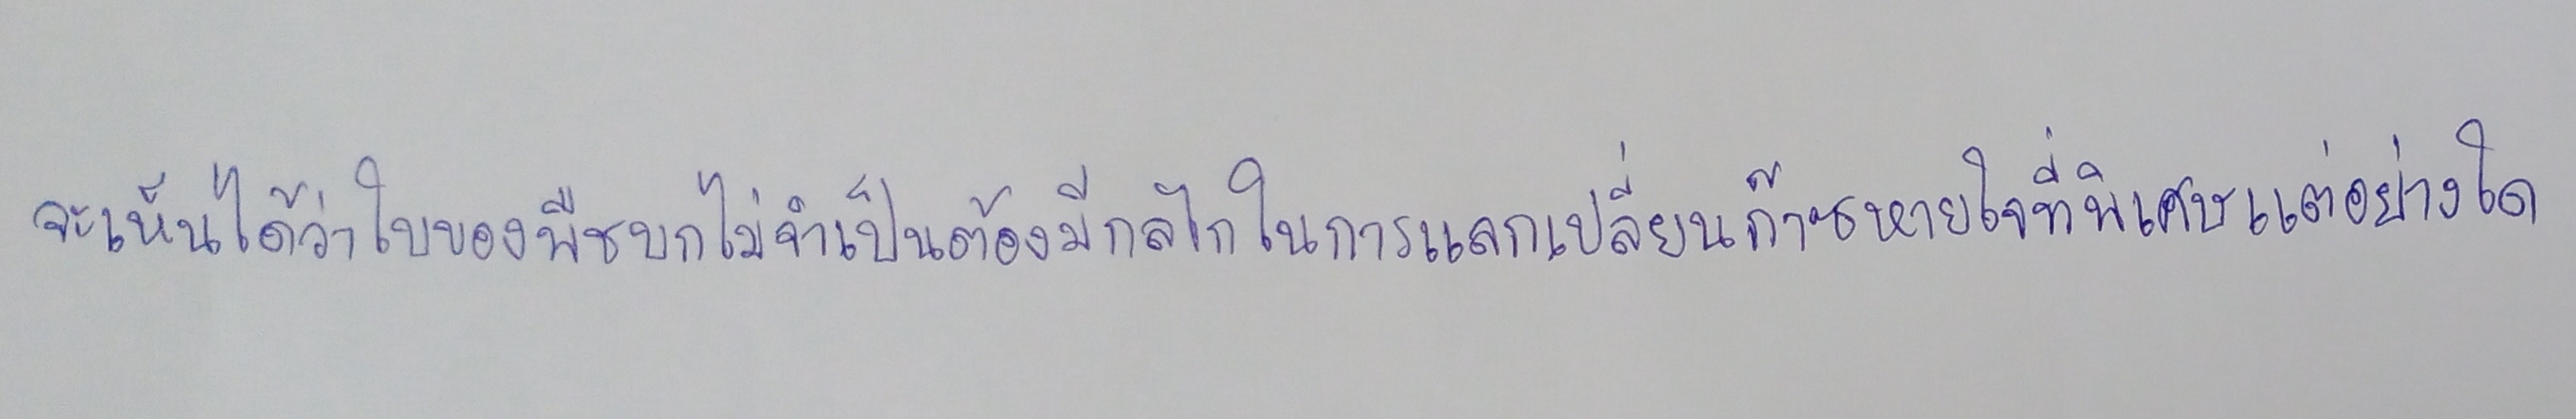
จะเห็นได้ว่าใบของพืชบกไม่จำเป็นต้องมีกลไกในการแลกเปลี่ยนก๊าซหายใจที่พิเศษแต่อย่างใด